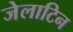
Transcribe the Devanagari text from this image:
जेलाटिन